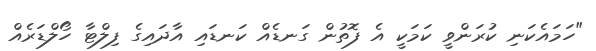
"ހަމައެކަނި ކުރަންވީ ކަމަކީ އެ ފޮތުން ގަނޑެއް ކަނޑައި އާދައިގެ ފިލްޓާ ހޯލްޑަރެއް